Lunatic asylums Punjab 1881-1894 - 1881-1894
Year: 1881
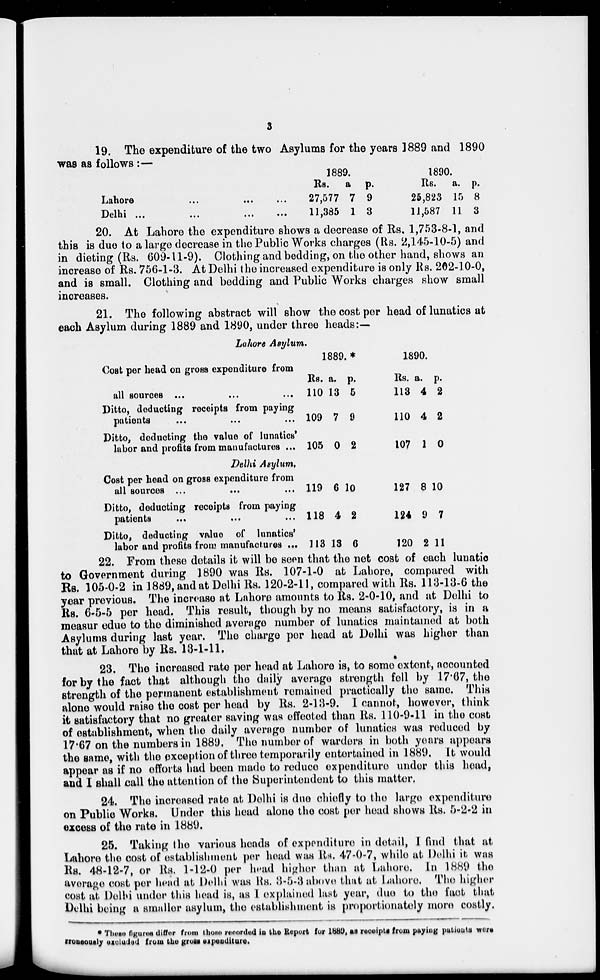
3
19. The expenditure of the two Asylums for the years 1889 and 1890
was as follows:—
Lahore ... ... ...
Delhi ... ... ...
1889.
Rs.
27,577
11,385
a
7
1
p.
9
3
1890.
Rs.
25,823
11,587
a.
15
11
p.
8
3
20. At Lahore the expenditure shows a decrease of Rs. 1,753-8-1, and
this is due to a large decrease in the Public Works charges (Rs. 2,145-10-5) and
in dieting (Rs. 609-11-9). Clothing and bedding, on the other hand, shows an
increase of Rs. 756-1-3. At Delhi the increased expenditure is only Rs. 202-10-0,
and is small. Clothing and bedding and Public Works charges show small
increases.
21. The following abstract will show the cost per head of lunatics at
each Asylum during 1889 and 1890, under three heads:—
Lahore Asylum.
Cost per head on gross expendituro from
all sources ...
Ditto, deducting receipts from payinag
patients
...
Ditto, deducting the value of lunatics'
labor and profits from manufacturus ...
1889. *
Rs.
110
109
105
a.
13
7
0
P.
5
9
2
1890.
Rs.
113
110
107
a.
4
4
1
P.
2
2
0
Delhi Asylum,
Cost per head on gross expenditure from
all sources ...
Ditto, deducting receipts from paying
patients
Ditto, deducting value of lunatics'
labor and profits from manufactures ...
119
118
113
6
4
13
10
2
6
127
124
120
8
9
2
10
7
11
22. From these details it will be seen that the net cost of each lunatic
to Government during 1890 was Rs. 107-1-0 at Lahore, compared with
Rs. 105-0-2 in 1889, and at Delhi Rs. 120-2-11, compared with Rs. 113-13-6 the
year previous. The increase at Lahore amounts to Rs. 2-0-10, and at Delhi to
Rs. 6-5-5 per head. This result, though by no means satisfactory, is in a
measur edue to the diminished average number of lunatics maintained at both
Asylums during last year. The charge per head at Delhi was higher than
that at Lahore by Rs. 13-1-11.
23. The increased rate per head at Lahore is, to some extent, accounted
for by the fact that although the daily average strength fell by 17.67, the
strength of the permanent establishment remained practically the same. This
alone would raise the cost per head by Rs. 2-13-9. I cannot, however, think
it satisfactory that no greater saving was effected than Rs. 110-9-11 in the cost
of establishment, when the daily average number of lunatics was reduced by
17.67 on the numbers in 1889. The number of warders in both years appears
the same, with the exception of three temporarily entertained in 1889. It would
appear as if no efforts had been made to reduce expenditure under this head,
and I shall call the attention of the Superintendent to this matter.
24. The increased rate at Delhi is due chiefly to the large expenditure
on Public Works. Under this head alone the cost per head shows Rs. 5-2-2 in
excess of the rate in 1889.
25. Taking the various heads of expenditure in detail, I find that at
Lahore the cost of establishment per head was Rs. 47-0-7, while at Delhi it was
Rs. 48-12-7, or Rs. 1-12-0 per head higher than at Lahore. In 1889 the
average cost per head at Delhi was Rs. 3-5-3 above that at Lahore. The higher
cost at Delhi under this head is, as I explained last year, due to the fact that
Delhi being a smaller asylum, the establishment is propertionately more costly.
* These figures differ from those recorded in the Report for 1889, as receipts from paying patients were
arroneously excluded from the gross expenditure,